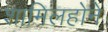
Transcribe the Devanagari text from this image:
शामिलहोने